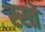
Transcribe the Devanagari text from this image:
स्स्ते